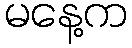
မနေ့က